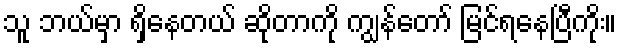
သူ ဘယ်မှာ ရှိနေတယ် ဆိုတာကို ကျွန်တော် မြင်ရနေပြီကိုး။